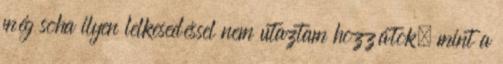
még soha ilyen lelkesedéssel nem utaztam hozzátok, mint a